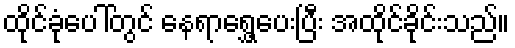
ထိုင်ခုံပေါ်တွင် နေရာရွှေ့ပေးပြီး အထိုင်ခိုင်းသည်။